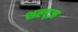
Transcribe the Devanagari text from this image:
शल्ट्ज़